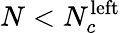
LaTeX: N<N_{c}^{\mathrm{left}}